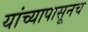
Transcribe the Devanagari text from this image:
यांच्यापासूनच